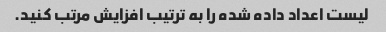
لیست اعداد داده شده را به ترتیب افزایش مرتب کنید.